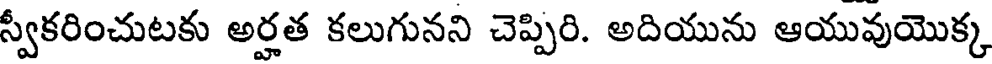
స్వీకరించుటకు అర్హత కలుగునని చెప్పిరి. అదియును ఆయువుయొక్క